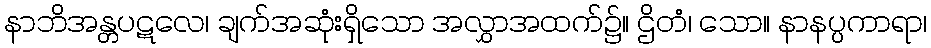
နာဘိအန္တပဋလေ၊ ချက်အဆုံးရှိသော အလွှာအထက်၌။ ဌိတံ၊ သော။ နာနပ္ပကာရာ၊